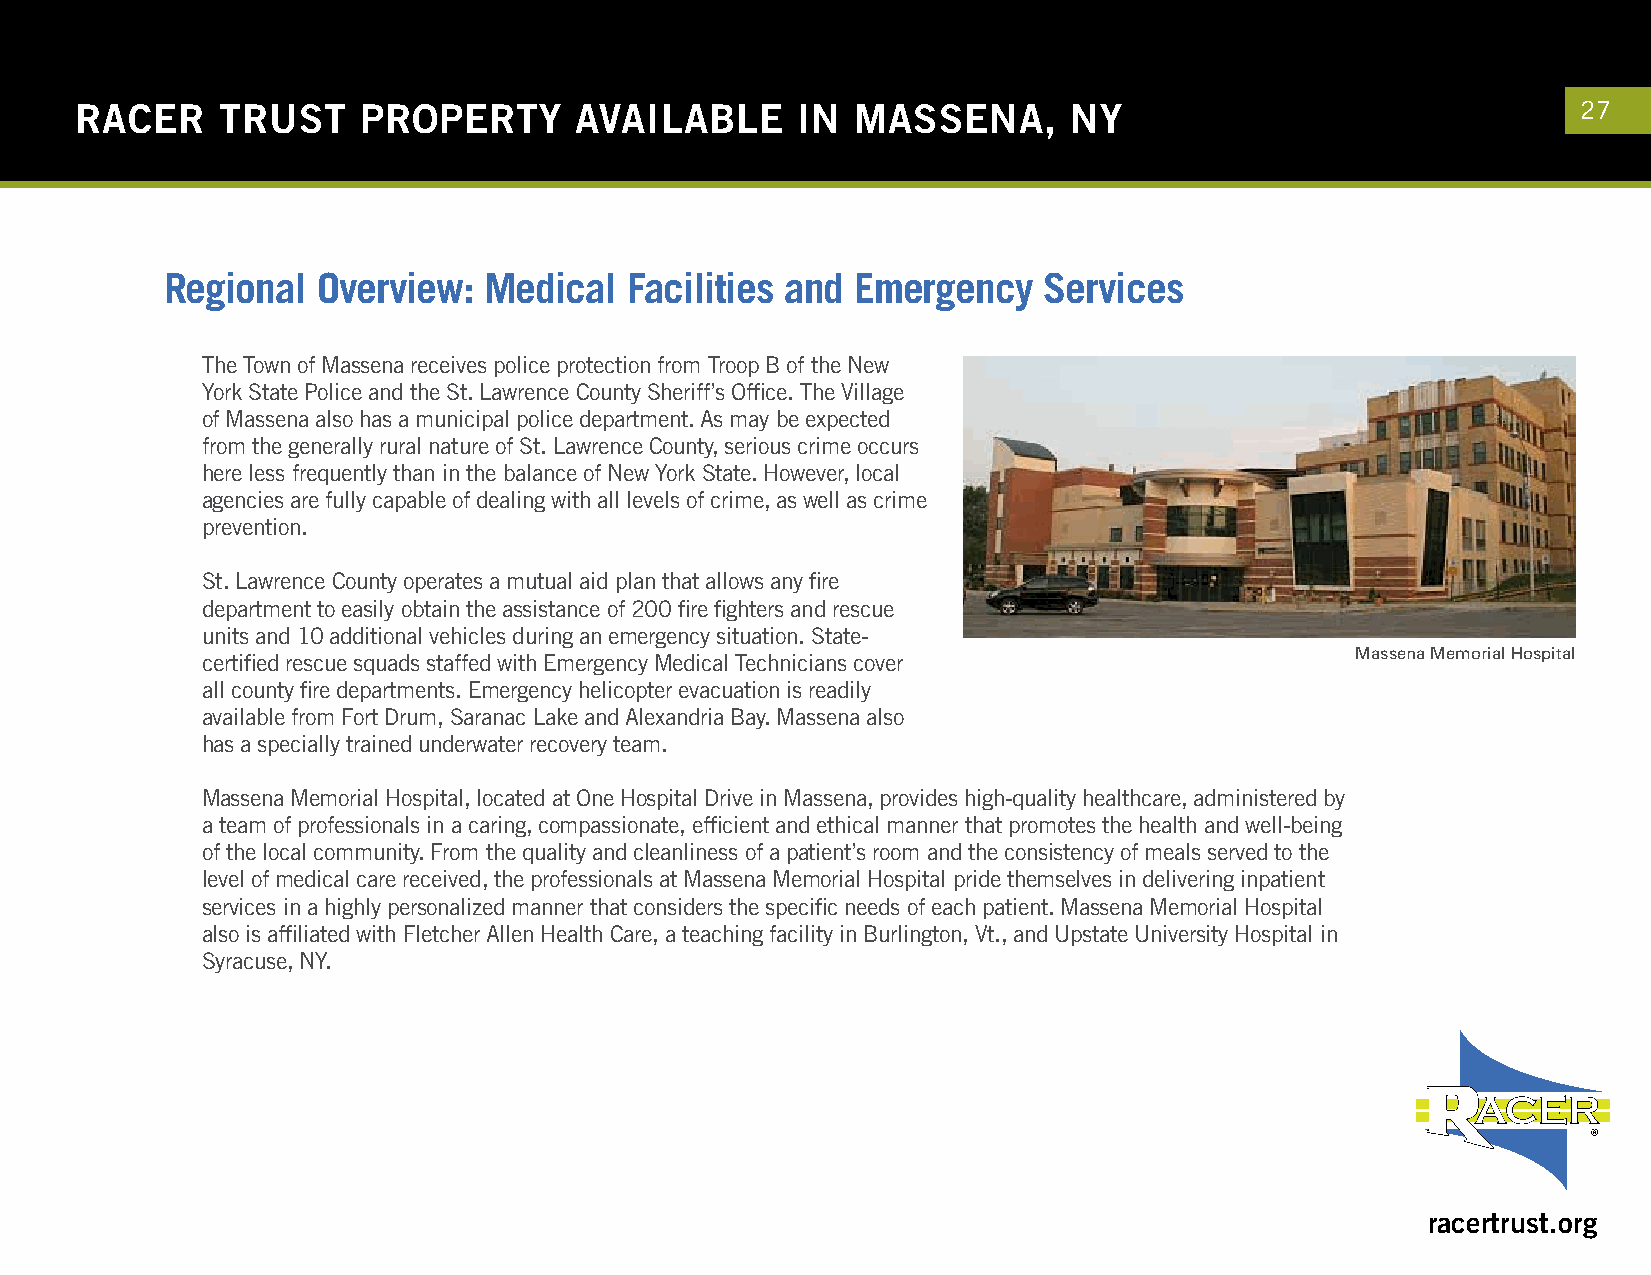
RACER    TRUST     PROPERTY      AVAILABLE      IN  MASSENA,      NY                                27
 Regional  Overview:  Medical  Facilities and  Emergency   Services
 The Town of Massena receives police protection from Troop B of the New
 York State Police and the St. Lawrence County Sheriff’s Office. The Village
 of Massena also has a municipal police department. As may be expected
 from the generally rural nature of St. Lawrence County, serious crime occurs
 here less frequently than in the balance of New York State. However, local
 agencies are fully capable of dealing with all levels of crime, as well as crime
 prevention.
 St. Lawrence County operates a mutual aid plan that allows any fire
 department to easily obtain the assistance of 200 fire fighters and rescue
 units and 10 additional vehicles during an emergency situation. State-
 certified rescue squads staffed with Emergency Medical Technicians cover     Massena Memorial Hospital
 all county fire departments. Emergency helicopter evacuation is readily
 available from Fort Drum, Saranac Lake and Alexandria Bay. Massena also
 has a specially trained underwater recovery team.
 Massena Memorial Hospital, located at One Hospital Drive in Massena, provides high-quality healthcare, administered by
 a team of professionals in a caring, compassionate, efficient and ethical manner that promotes the health and well-being
 of the local community. From the quality and cleanliness of a patient’s room and the consistency of meals served to the
 level of medical care received, the professionals at Massena Memorial Hospital pride themselves in delivering inpatient
 services in a highly personalized manner that considers the specific needs of each patient. Massena Memorial Hospital
 also is affiliated with Fletcher Allen Health Care, a teaching facility in Burlington, Vt., and Upstate University Hospital in
 Syracuse, NY.
 racertrust.org